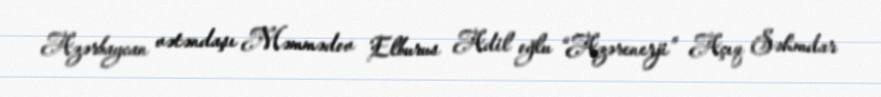
Azərbaycan vətəndaşı Məmmədov Elburus Adil oğlu “Azərenerji” Açıq Səhmdar